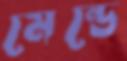
মেন্ডে